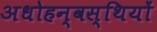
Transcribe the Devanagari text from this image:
अधोहन्वस्थियों